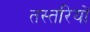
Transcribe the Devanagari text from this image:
तस्तरियों